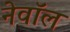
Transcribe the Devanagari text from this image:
नेवॉल